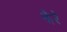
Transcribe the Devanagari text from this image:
झैरे